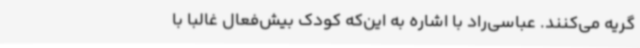
گریه می‌کنند. عباسی‌راد با اشاره به این‌که کودک بیش‌فعال غالباً با